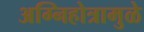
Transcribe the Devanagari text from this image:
अग्निहोत्रामुळे